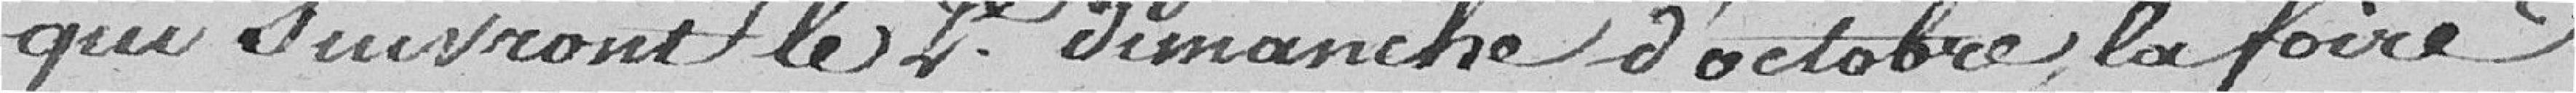
qui suivront le 2ème dimanche d'octobre, la foire